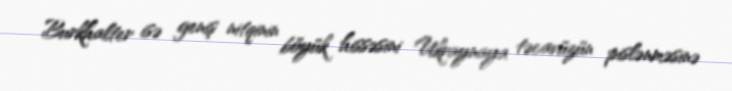
Burkhalter isə geniş nitqinin böyük hissəsini Ukraynaya təcavüzün pislənməsinə